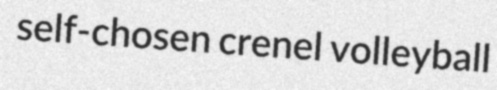
self-chosen crenel volleyball